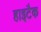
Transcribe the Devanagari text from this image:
हाइटैक